Report on vaccination in Madras 1877-1894 - 1877-1894
Year: 1877
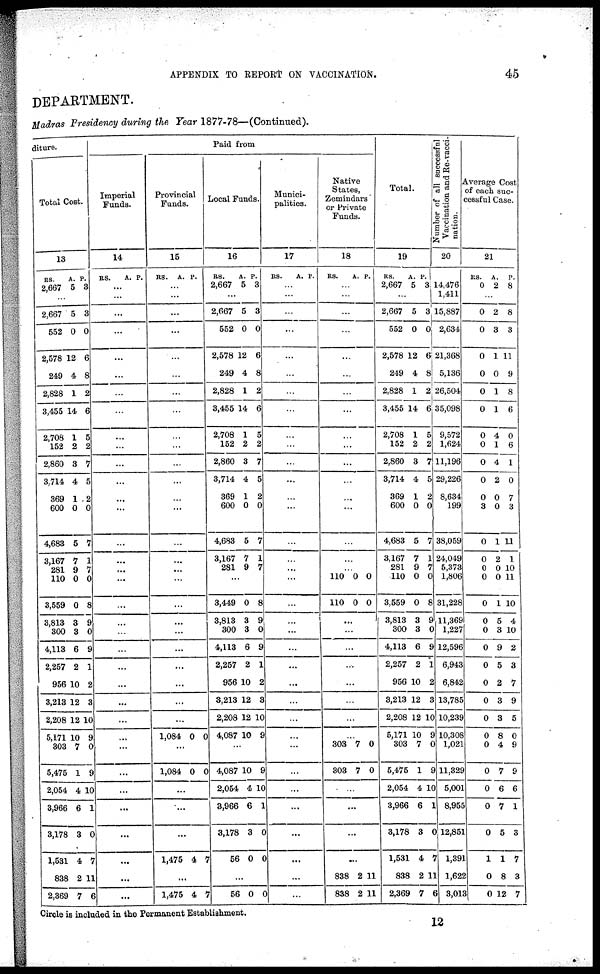
APPENDIX TO REPORT ON VACCINATION.
45
DEPARTMENT.
Madras Presidency during the Year 1877-78—(Continued).
diture.
Total Cost.
13
RS
2,667
A.
5
P.
3
...
2,667
552
2,578
249
2,828
3,455
2,708
152
2,860
3,714
369
600
4,683
3,167
281
110
3,559
3,813
300
4,113
2,257
956
3,213
2,208
5,171
303
5,475
2,054
3,966
3,178
1,531
838
2,369
5
0
12
4
1
14
1
2
3
4
1
0
5
7
9
0
0
3
3
6
2
10
12
12
10
7
1
4
6
3
4
2
7
3
0
6
8
2
6
5
2
7
5
2
0
7
1
7
0
8
9
0
9
1
2
3
10
9
0
9
10
1
0
7
11
6
Paid from
Imperial
Funds.
14
RS.
A. P.
...
...
...
...
...
...
...
...
...
...
...
...
...
...
...
...
...
...
...
...
...
...
...
...
...
...
...
...
...
...
...
...
...
...
...
Provincial
Funds.
15
RS.
A. P.
...
...
...
...
...
...
...
...
...
...
...
...
...
...
...
...
...
...
...
...
...
...
...
...
...
...
1,084 0 0
...
1,084 0 0
...
...
...
1,475 4 7
...
1,475 4 7
Local Funds.
16
RS.
2,667
A.
5
P.
3
...
2,667
552
2,578
249
2,828
3,455
2,708
152
2,860
3,714
369
600
4,683
3,167
281
5
0
12
4
1
14
1
2
3
4
1
0
5
7
9
3
0
6
8
2
6
5
2
7
5
2
0
7
1
7
...
3,449
3,813
300
4,113
2,257
956
3,213
2,208
4,087
0
3
3
6
2
10
12
12
10
8
9
0
9
1
2
3
10
9
...
4,087
2,054
3,966
3,178
56
10
4
6
3
0
9
10
1
0
0
...
56 0 0
Munici-
palities.
17
RS.
A. P.
...
...
...
...
...
...
...
...
...
...
...
...
...
...
...
...
...
...
...
...
...
...
...
...
...
...
...
...
...
...
...
...
...
...
...
Native
States,
Zemindars
or Private
Funds.
18
RS.
A. P.
...
...
...
...
...
...
...
...
...
...
...
...
...
...
...
...
...
110
110
0
0
0
0
...
...
...
...
...
...
...
...
303
303
7
7
0
0
...
...
...
...
838
838
2
2
11
11
Total.
19
RS.
2,667
A.
5
P.
3
...
2,667
552
2,578
249
2,828
3,455
2,708
152
2,860
3,714
369
600
4,683
3,167
281
110
3,559
3,813
300
4,113
2,257
956
3,213
2,208
5,171
303
5,475
2,054
3,966
3,178
1,531
838
2,369
5
0
12
4
1
14
1
2
3
4
1
0
5
7
9
0
0
3
3
6
2
10
12
12
10
7
1
4
6
3
4
2
7
3
0
6
8
2
6
5
2
7
5
2
0
7
1
7
0
8
9
0
9
1
2
3
10
9
0
9
10
1
0
7
11
6
Number of all successful
Vaccination and Re-vacci-
nation.
20
14,476
1,411
15,887
2,634
21,368
5,136
26,504
35,098
9,572
1,624
11,196
29,226
8,634
199
38,059
24,049
5,373
1,806
31,228
11,369
1,227
12,596
6,943
6,842
13,785
10,239
10,308
1,021
11,329
5,001
8,955
12,851
1,391
1,622
3,013
Average Cost
of each suc-
cessful Case.
21
RS.
0
A.
2
P.
8
...
0
0
0
0
0
0
0
0
0
0
0
3
0
0
0
0
0
0
0
0
0
0
0
0
0
0
0
0
0
0
1
0
0
2
3
1
0
1
1
4
1
4
2
0
0
1
2
0
0
1
5
3
9
5
2
3
3
8
4
7
6
7
5
1
8
12
8
3
11
9
8
6
0
6
1
0
7
3
11
1
10
11
10
4
10
2
3
7
9
5
0
9
9
6
1
3
7
3
7
Circle is included in the Permanent Establishment.
12